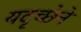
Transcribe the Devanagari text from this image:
यदृच्छेने